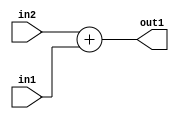
`timescale 1ps / 1ps
/*****************************************************************************
    Verilog RTL Description
    
    
    Created by: Stratus DpOpt 21.05.01 
*******************************************************************************/

module Filter_Add_12Ux7U_12U_4 (
	in2,
	in1,
	out1
	); /* architecture "behavioural" */ 
input [11:0] in2;
input [6:0] in1;
output [11:0] out1;
wire [11:0] asc001;

assign asc001 = 
	+(in2)
	+(in1);

assign out1 = asc001;
endmodule

/* CADENCE  ubH4Tg0= : u9/ySxbfrwZIxEzHVQQV8Q== ** DO NOT EDIT THIS LINE ******/